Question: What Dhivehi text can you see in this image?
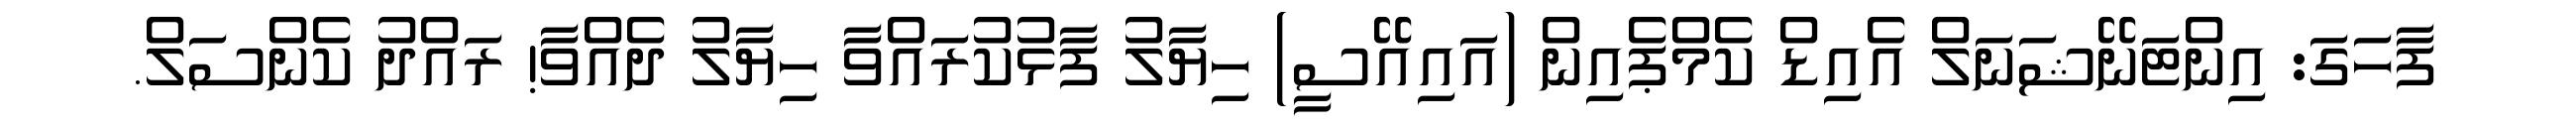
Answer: ފާހަގަ: އިންޓަނޭޝަނަލް އެއިޑް ކެމްޕެއިން (އައިއޭސީ) ހިޔާލު ފާޅުކުރައްވާ ހިޔާލު ދެއްވާ! ރައްދު ކެންސަލް.